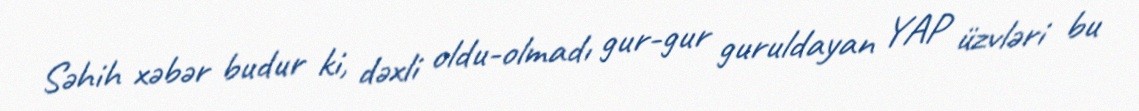
Səhih xəbər budur ki, dəxli oldu-olmadı gur-gur guruldayan YAP üzvləri bu